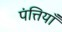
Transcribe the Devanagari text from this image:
पंत्तियाँ